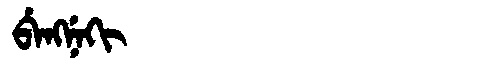
Manchu: ᠪᡝᠩᠨᡝᡴᡳ
Romanization: BENGNEKI